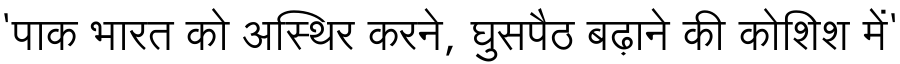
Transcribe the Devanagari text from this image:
'पाक भारत को अस्थिर करने, घुसपैठ बढ़ाने की कोशिश में'